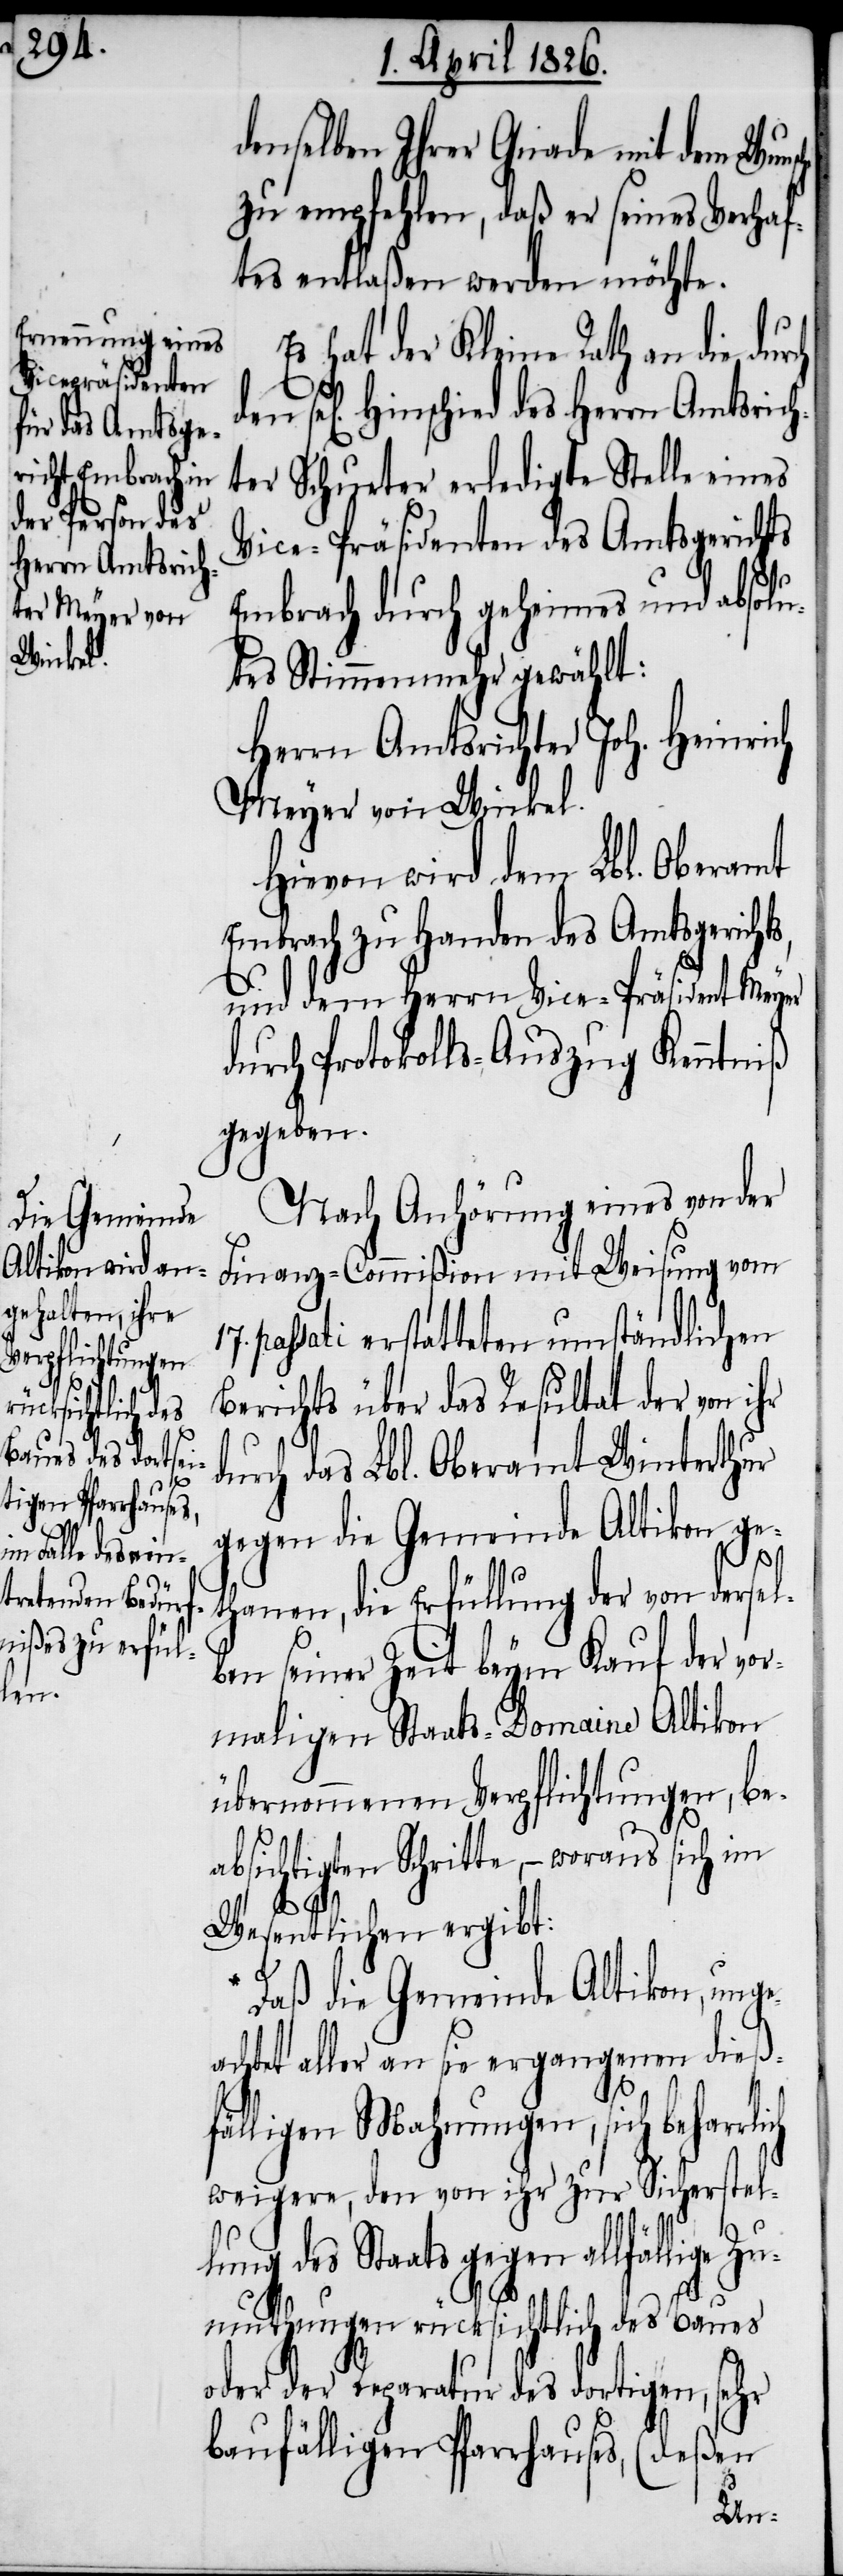
Herrn Amtsrich¬
Hinschied
ich
den

denselben Ihrer Gnade mit dem Wun¬
zu empfehlen, daß er seines Verhaf¬
tes entlaßen werden möchte.
Es hat der Kleine Rath an die dur¬
ter Schurter erledigte Stelle eines
Vice-Präsidenten des Amtsgerichts
Embrach durch geheimes und absolu¬
tes Stimmenmehr gewählt:
Herrn Amtsrichter Joh. Heinrich
Meyer von Winkel.
Hievon wird dem Lbl. Oberamt
Embrach zu Handen des Amtsgerichts,
und dem Herrn Vice-Präsident Meyer
durch Protokolls-Auszug Kenntniß
gegeben.
Nach Anhörung eines von der
Finanz-Commißion mit Weisung vom
passati erstatteten umständlichen
Berichts über das Resultat der von ihr
durch das Lbl. Oberamt Winterthur
gegen die Gemeinde Altikon ge¬
sche
thanen, die Erfüllung der von dersel¬
ben seiner Zeit beym Kauf der vor¬
maligen Staats-Domaine Altikon
übernommenen Verpflichtungen, be¬
absichtigten Schritte, – woraus sich im
Wesentlichen ergibt:
Daß die Gemeinde Altikon, unge¬
achtet aller an sie ergangenen dieß¬
fälligen Mahnungen, sich beharrl¬
weigere, den von ihr zur Sicherstel¬
lung des Staats gegen allfällige
Zumuthungen rücksichtlich des Baues
oder der Reparatur des dortigen, sehr
baufälligen Pfarrhauses, (deßen